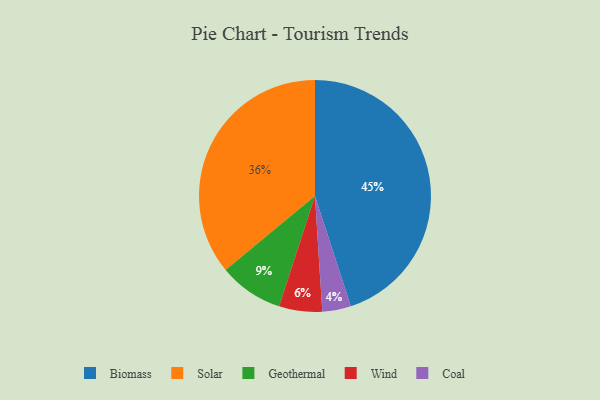
{"axis": {"x": "Category", "y": "Percentage"}, "legend": ["Biomass", "Coal", "Geothermal", "Solar", "Wind"], "data": [{"x": "Solar", "y": 36, "type": "Solar"}, {"x": "Biomass", "y": 45, "type": "Biomass"}, {"x": "Coal", "y": 4, "type": "Coal"}, {"x": "Wind", "y": 6, "type": "Wind"}, {"x": "Geothermal", "y": 9, "type": "Geothermal"}]}